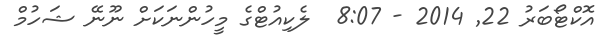
އޮކްޓޯބަރު 22